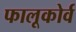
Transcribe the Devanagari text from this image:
फालूकोर्व